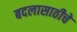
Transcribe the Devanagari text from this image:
बदलासाठीचे